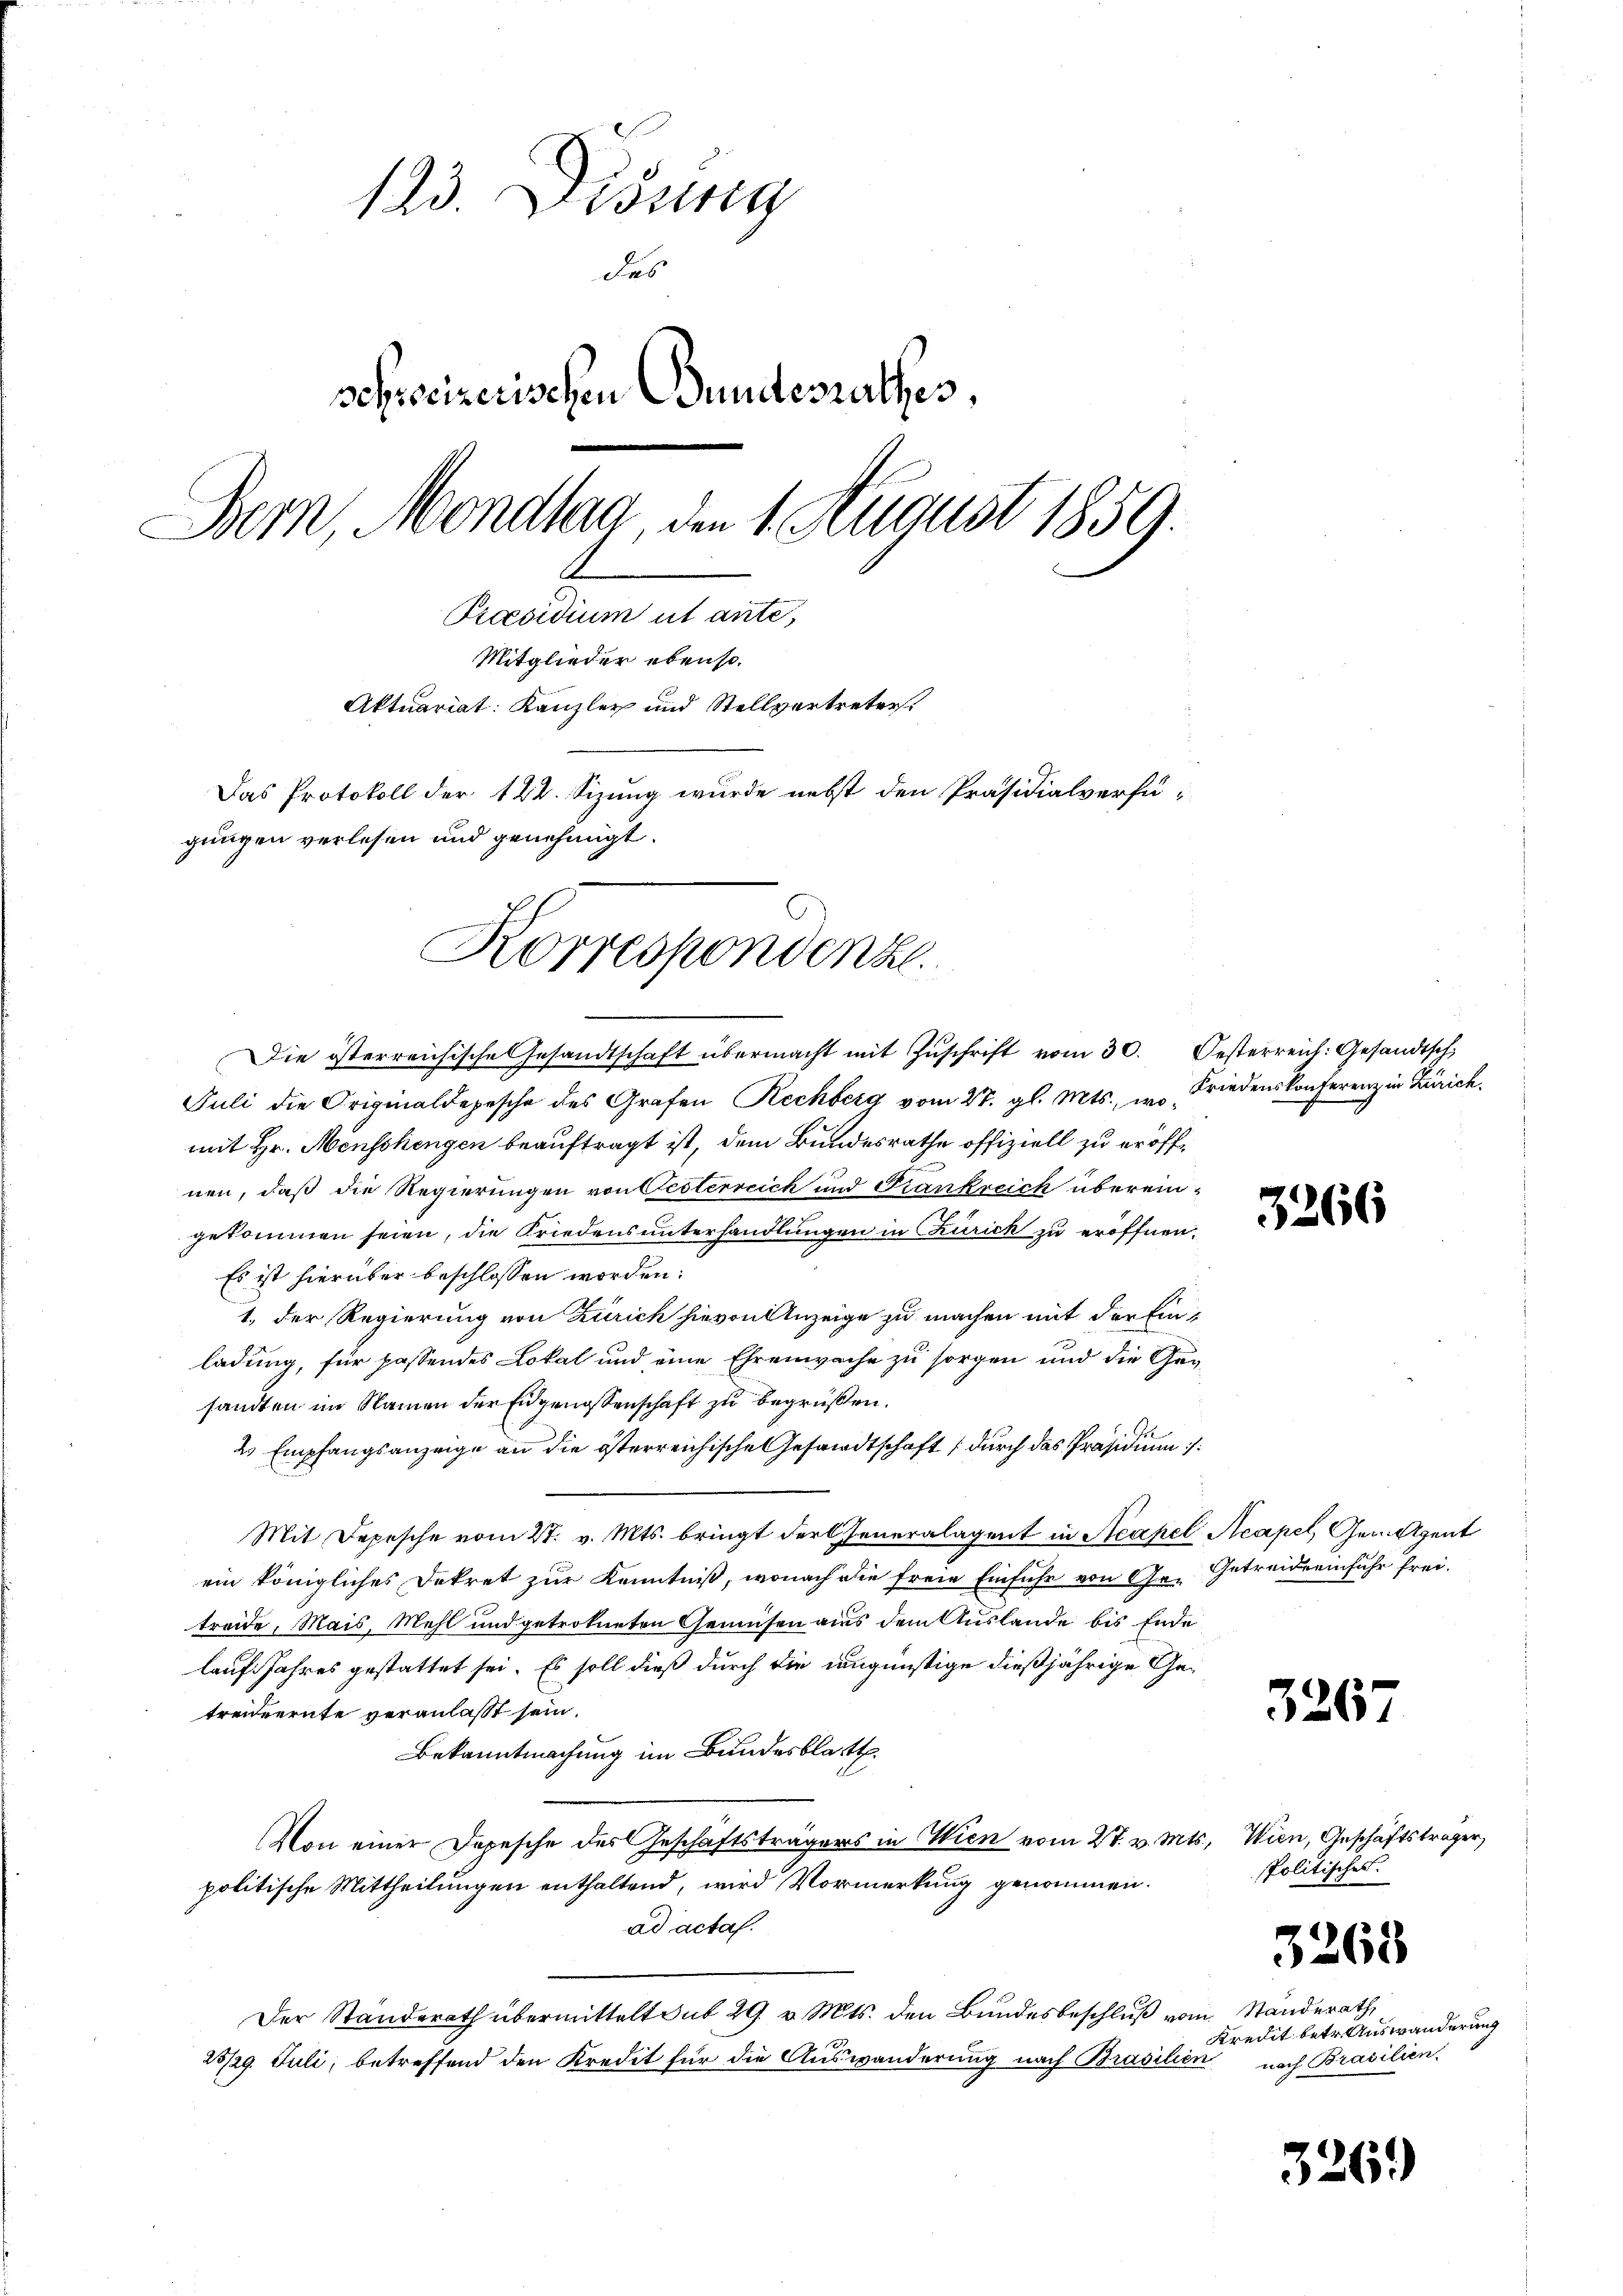
123. Disung
des
schreizerischen Bundesrathes,
Bern, Mondlag, den 1. August 1859.
A
Praesidium ut ante,
Mitglieder ebenso.
Aktuariat Kanzler und Stellvertreter.
Das Protokoll der 122. Sizung wurde nebst den Präsidialverfü-
gungen verlesen und genehmigt.

Juli die Originaldepesche des Grafen Rechberg vom 27. gl. Mts., wo Friedenskonferenz in Zürich.
mit Hr. Menschengen beauftragt ist, dem Bundesrathe offiziell zu eröffd
nen, daß die Regierungen von Oesterreich und Frankreich überein-
gekommen seien, die Friedensunterhandlungen in Curich zu eröffnen.
Es ist hierüber beschlossen worden:
1. der Regierung von Zürich hievon Anzeige zu machen mit der Einladung, für passendes Lokal und eine Ehrenwache zu sorgen und die Gesandten im Namen der Eidgenossenschaft zu begrüßen.
s
2s Empfangsanzeige an die österreichische Gesandtschaft (durch das Präsidium
Mit Depesche vom 27. v. Mts. bringt der Generalagent in Neapel Acapel, Gem Agent
ein königliches Dekret zur Kenntniß, wonach die freie Einfuhr von Ge- Getreiderinfuhr frei-
treide, Mais, Mehl und getrokneten Gemüsen aus dem Auslande bis Ende
lauf Jahres gestattet sei. Es soll dieß durch die ungünstige dießjährige Getreideerute veranlasst sein.
Bekanntmachung im Bundesblatt
Von einer Depesche des Geschäftsträgers in Wien vom 27. v. Mts. Wien, Geschäftsträger
politische Mittheilungen enthaltend, wird Vormerkung genommen.
ad acta.
Der Standerath übermittelt sub 29. v. Mts. den Bundesbeschluß vom Standerath
25/29. Juli, betreffend den Kredit für die Auswanderung nach Brasilien nach Brasilien

Korrespondenz.
Die österreichische Gesandtschaft übermacht mit Zŭschrift vom 30. Oesterreich: Gesandtsch

326

326

32

spolitisches.

68

Kredit betr. Auswanderung

326.)